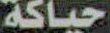
حياكة